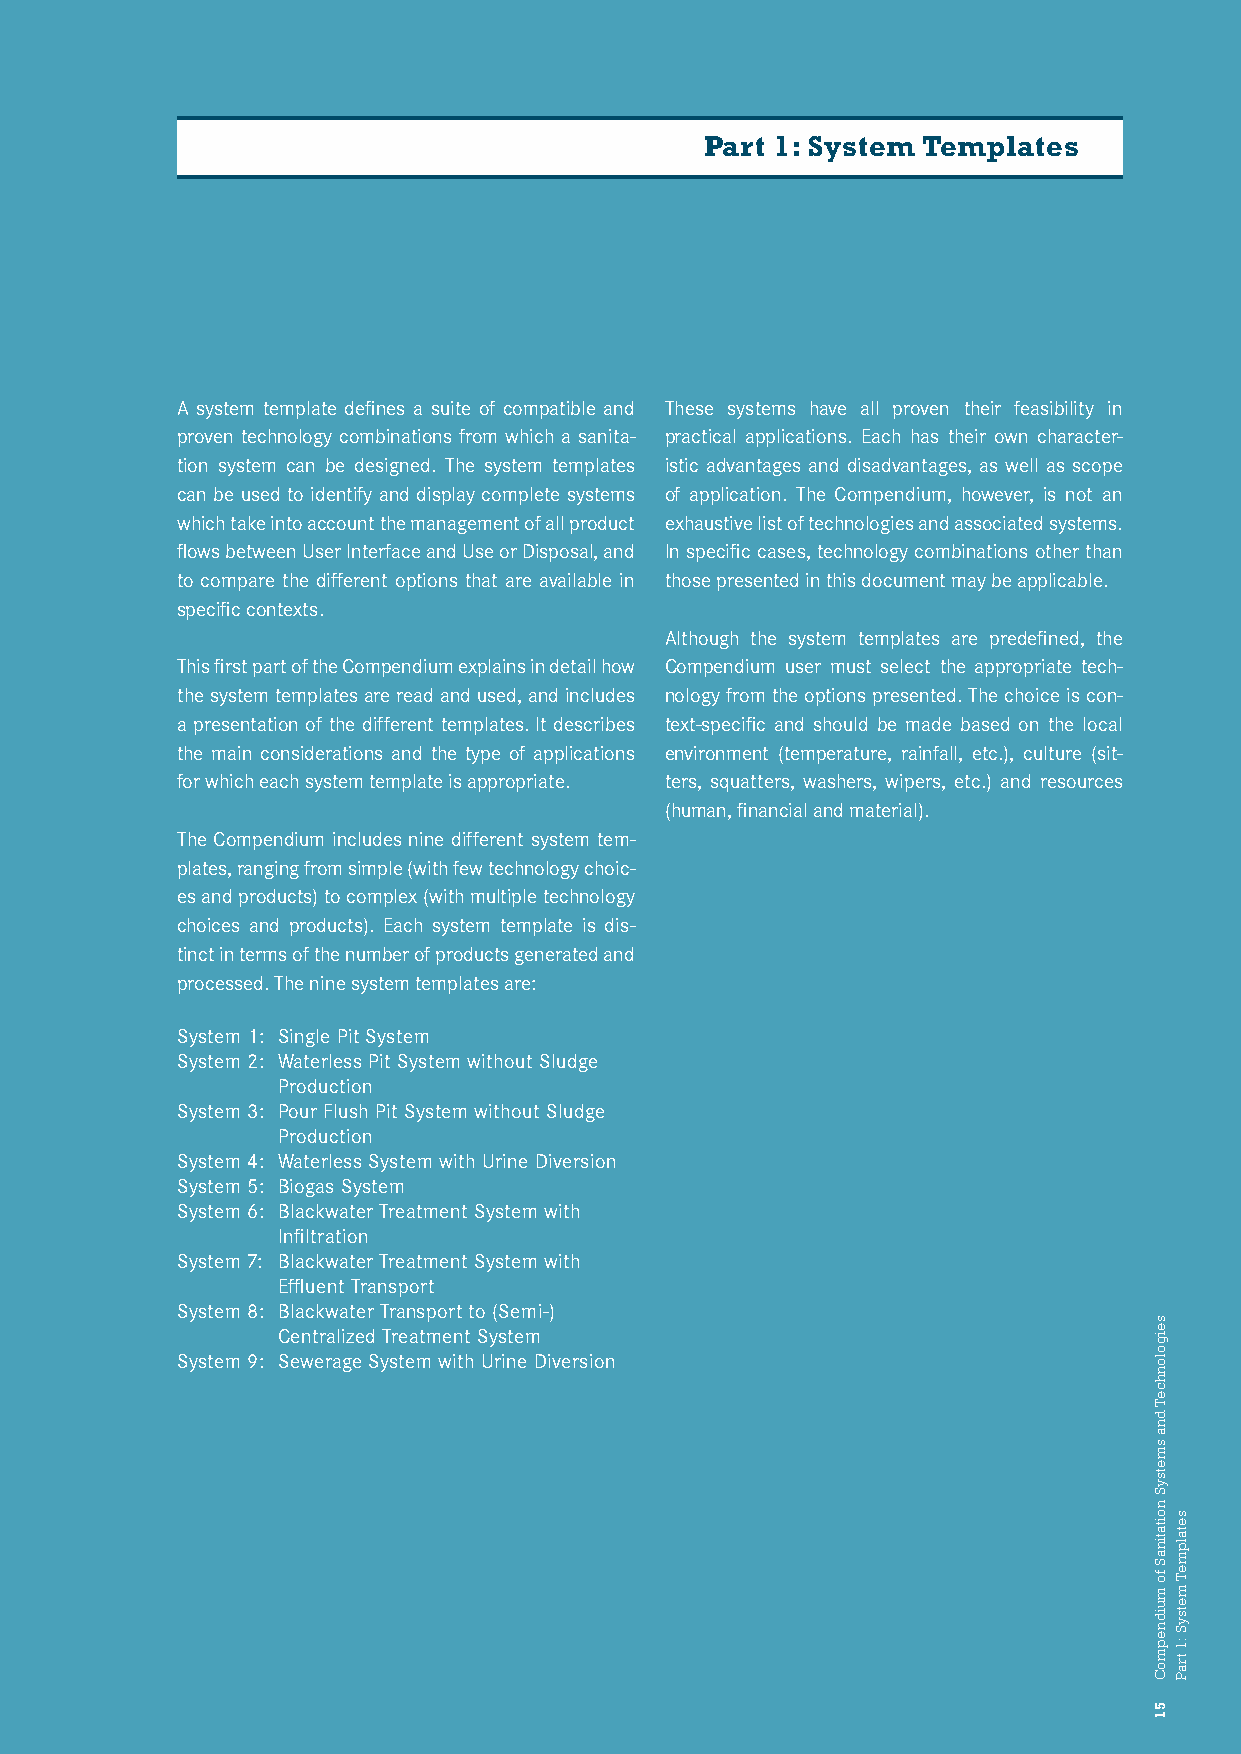
Part 1: System Templates
 A system template defines a suite of compatible and These systems have all proven their feasibility in
 proven technology combinations from which a sanita- practical applications. Each has their own character-
 tion system can be designed. The system templates istic advantages and disadvantages, as well as scope
 can be used to identify and display complete systems of application. The Compendium, however, is not an
 which take into account the management of all product exhaustive list of technologies and associated systems.
 flows between User Interface and Use or Disposal, and In specific cases, technology combinations other than
 to compare the different options that are available in those presented in this document may be applicable.
 specific contexts.
 Although the system templates are predefined, the
 This first part of the Compendium explains in detail how Compendium user must select the appropriate tech-
 the system templates are read and used, and includes nology from the options presented. The choice is con-
 a presentation of the different templates. It describes text-specific and should be made based on the local
 the main considerations and the type of applications environment (temperature, rainfall, etc.), culture (sit-
 for which each system template is appropriate. ters, squatters, washers, wipers, etc.) and resources
 (human, financial and material).
 The Compendium includes nine different system tem-
 plates, ranging from simple (with few technology choic-
 es and products) to complex (with multiple technology
 choices and products). Each system template is dis-
 tinct in terms of the number of products generated and
 processed. The nine system templates are:
 System 1: Single Pit System
 System 2: Waterless Pit System without Sludge
 Production
 System 3: Pour Flush Pit System without Sludge
 Production
 System 4: Waterless System with Urine Diversion
 System 5: Biogas System
 System 6: Blackwater Treatment System with
 Infiltration
 System 7: Blackwater Treatment System with
 Effluent Transport
 System 8: Blackwater Transport to (Semi-)
 Centralized Treatment System
 System 9: Sewerage System with Urine Diversion
 seigolonhceT
 dna
 smetsyS
 noitatinaS
 fo
 muidnepmoC
 51
 setalpmeT
 metsyS
 :1
 traP